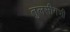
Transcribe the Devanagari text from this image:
तुलसीगणी